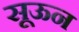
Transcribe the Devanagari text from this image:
सूऊन